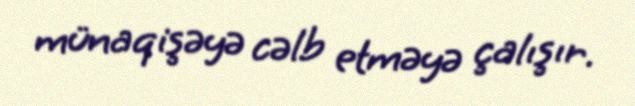
münaqişəyə cəlb etməyə çalışır.